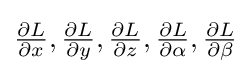
{\tfrac {\partial L}{\partial x}},{\tfrac {\partial L}{\partial y}},{\tfrac {\partial L}{\partial z}},{\tfrac {\partial L}{\partial \alpha }},{\tfrac {\partial L}{\partial \beta }}